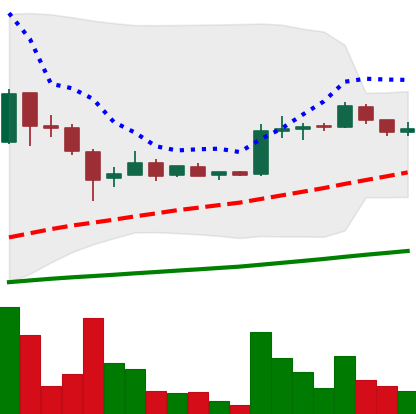
Ticker: LTC-USD
Chart end date: 2015-07-31
Forward return: -6.288%
Label: down_5_7